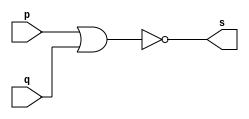
// Exercicio02 - NOR
// Nome: Luiz Henrique da Costa Silva

// -- nor gate

module norgate (output s, input p, q);
	assign s = ~(p | q);

endmodule			//nordgate

// -- test nor gate

module testnorgate;
					//dados locais

	reg a, b;		//definir registradores
	
	wire s;		//definir conexao (fio)

					//instancia
	norgate NOR1 (s, a, b);
					//preparacao
	initial begin:start
		a=0; b=0;	//atribuicao simultanea dos valores iniciais
	end
					//parte principal
					
	initial begin
		$display("Exercicio02 - Luiz Henrique da Costa Silva - 449800");
		$display("Test NOR gate:");
		$display("\n ~(a | b) = s\n");
		$monitor("%b | %b = %b", a, b, s);
		#1 a = 0; b = 0;
		#1 a = 0; b = 1;
		#1 a = 1; b = 0;
		#1 a = 1; b = 1;

	end
endmodule //testnorgate